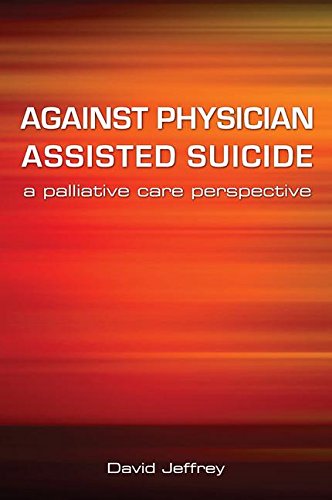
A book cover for Against Physician Assisted Suicide: A Palliative Care Perspective; David Jeffrey; Medical Books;